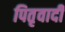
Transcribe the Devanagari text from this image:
पितृवादी